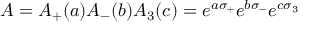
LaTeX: A = A _ { + } ( a ) A _ { - } ( b ) A _ { 3 } ( c ) = e ^ { a \sigma _ { + } } e ^ { b \sigma _ { - } } e ^ { c \sigma _ { 3 } }